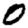
Digit: 0